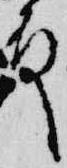
殿